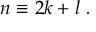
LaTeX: n \equiv 2 k + l ~ .